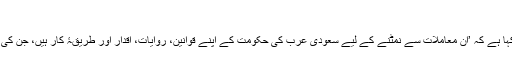
‘
انڈونیشیا میں مذہبی امور کے وزیر لقمان حاکم سیف الدین نے پیر کو اپنے ایک بیان میں کہا ہے کہ ’ان معاملات سے نمٹنے کے لیے سعودی عرب کی حکومت کے اپنے قوانین، روایات، اقدار اور طریقۂ کار ہیں، جن کی وجہ سے ہمیں اپنے زخمیوں کو پہچاننے کی کوششوں میں مکمل آزادی حاصل نہیں تھی۔